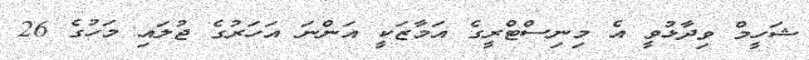
ޝަހީމް ވިދާޅުވީ އެ މިނިސްޓްރީގެ އަމާޒަކީ އަންނަ އަހަރުގެ ޖުލައި މަހުގެ 26